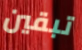
تبقين